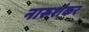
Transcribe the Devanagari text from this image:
नारूशंकर